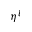
\eta ^ { l }